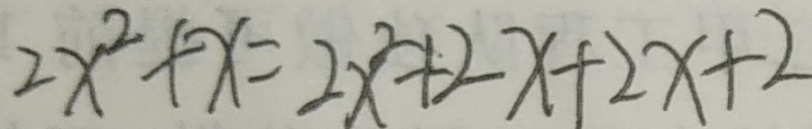
2 x ^ { 2 } + x = 2 x ^ { 2 } + 2 x + 2 x + 2